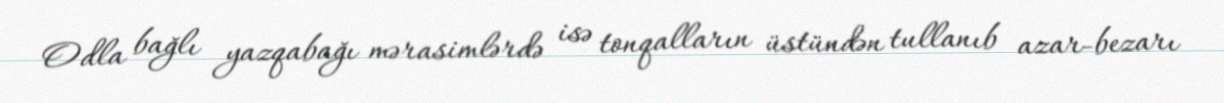
Odla bağlı yazqabağı mərasimlərdə isə tonqalların üstündən tullanıb azar-bezarı